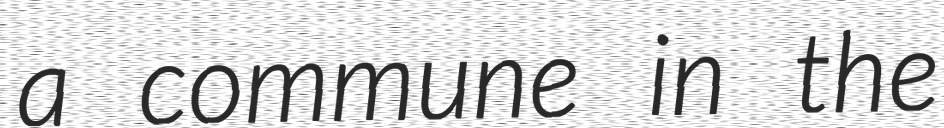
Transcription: a commune in the